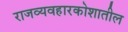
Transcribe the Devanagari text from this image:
राजव्यवहारकोशातील